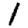
Digit: 1